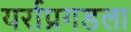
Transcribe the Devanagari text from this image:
यर्राप्रगडला